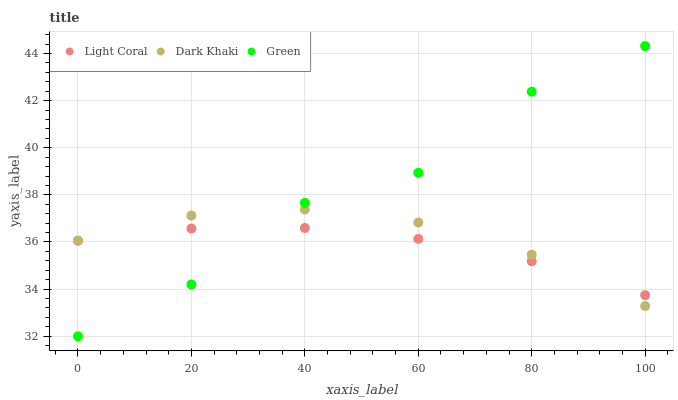
| xaxis_label | Light Coral | Dark Khaki | Green |
 | --- | --- | --- | --- |
 | 0 | 36.1 | 36 | 32 |
 | 20 | 36.6 | 37.1 | 34.2 |
 | 40 | 36.6 | 37.4 | 37.7 |
 | 60 | 36.1 | 36.8 | 38.9 |
 | 80 | 35.2 | 35.5 | 42.4 |
 | 100 | 33.7 | 33.3 | 44.3 |